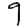
Digit: 9